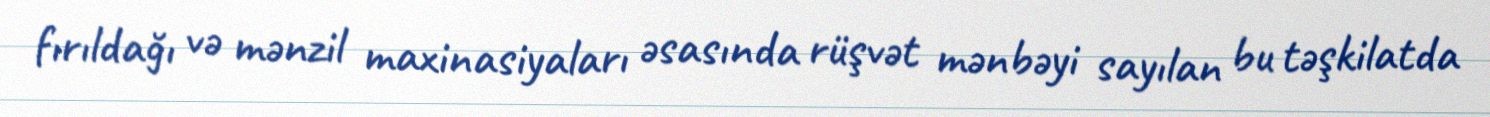
fırıldağı və mənzil maxinasiyaları əsasında rüşvət mənbəyi sayılan bu təşkilatda